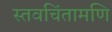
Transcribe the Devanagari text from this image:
स्तवचिंतामणि